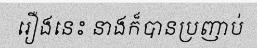
រឿងនេះ នាងក៏បានប្រញាប់